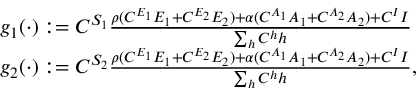
\begin{array} { r l } & { g _ { 1 } ( \cdot ) : = C ^ { S _ { 1 } } \frac { \rho ( C ^ { E _ { 1 } } E _ { 1 } + C ^ { E _ { 2 } } E _ { 2 } ) + \alpha ( C ^ { A _ { 1 } } A _ { 1 } + C ^ { A _ { 2 } } A _ { 2 } ) + C ^ { I } I } { \sum _ { h } C ^ { h } h } } \\ & { g _ { 2 } ( \cdot ) : = C ^ { S _ { 2 } } \frac { \rho ( C ^ { E _ { 1 } } E _ { 1 } + C ^ { E _ { 2 } } E _ { 2 } ) + \alpha ( C ^ { A _ { 1 } } A _ { 1 } + C ^ { A _ { 2 } } A _ { 2 } ) + C ^ { I } I } { \sum _ { h } C ^ { h } h } , } \end{array}